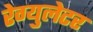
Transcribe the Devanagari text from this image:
रेग्युलेटर